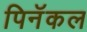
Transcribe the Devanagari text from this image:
पिनॅकल